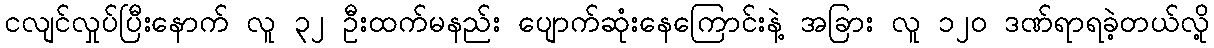
ငလျင်လှုပ်ပြီးနောက် လူ ၃၂ ဦးထက်မနည်း ပျောက်ဆုံးနေကြောင်းနဲ့ အခြား လူ ၁၂၀ ဒဏ်ရာရခဲ့တယ်လို့